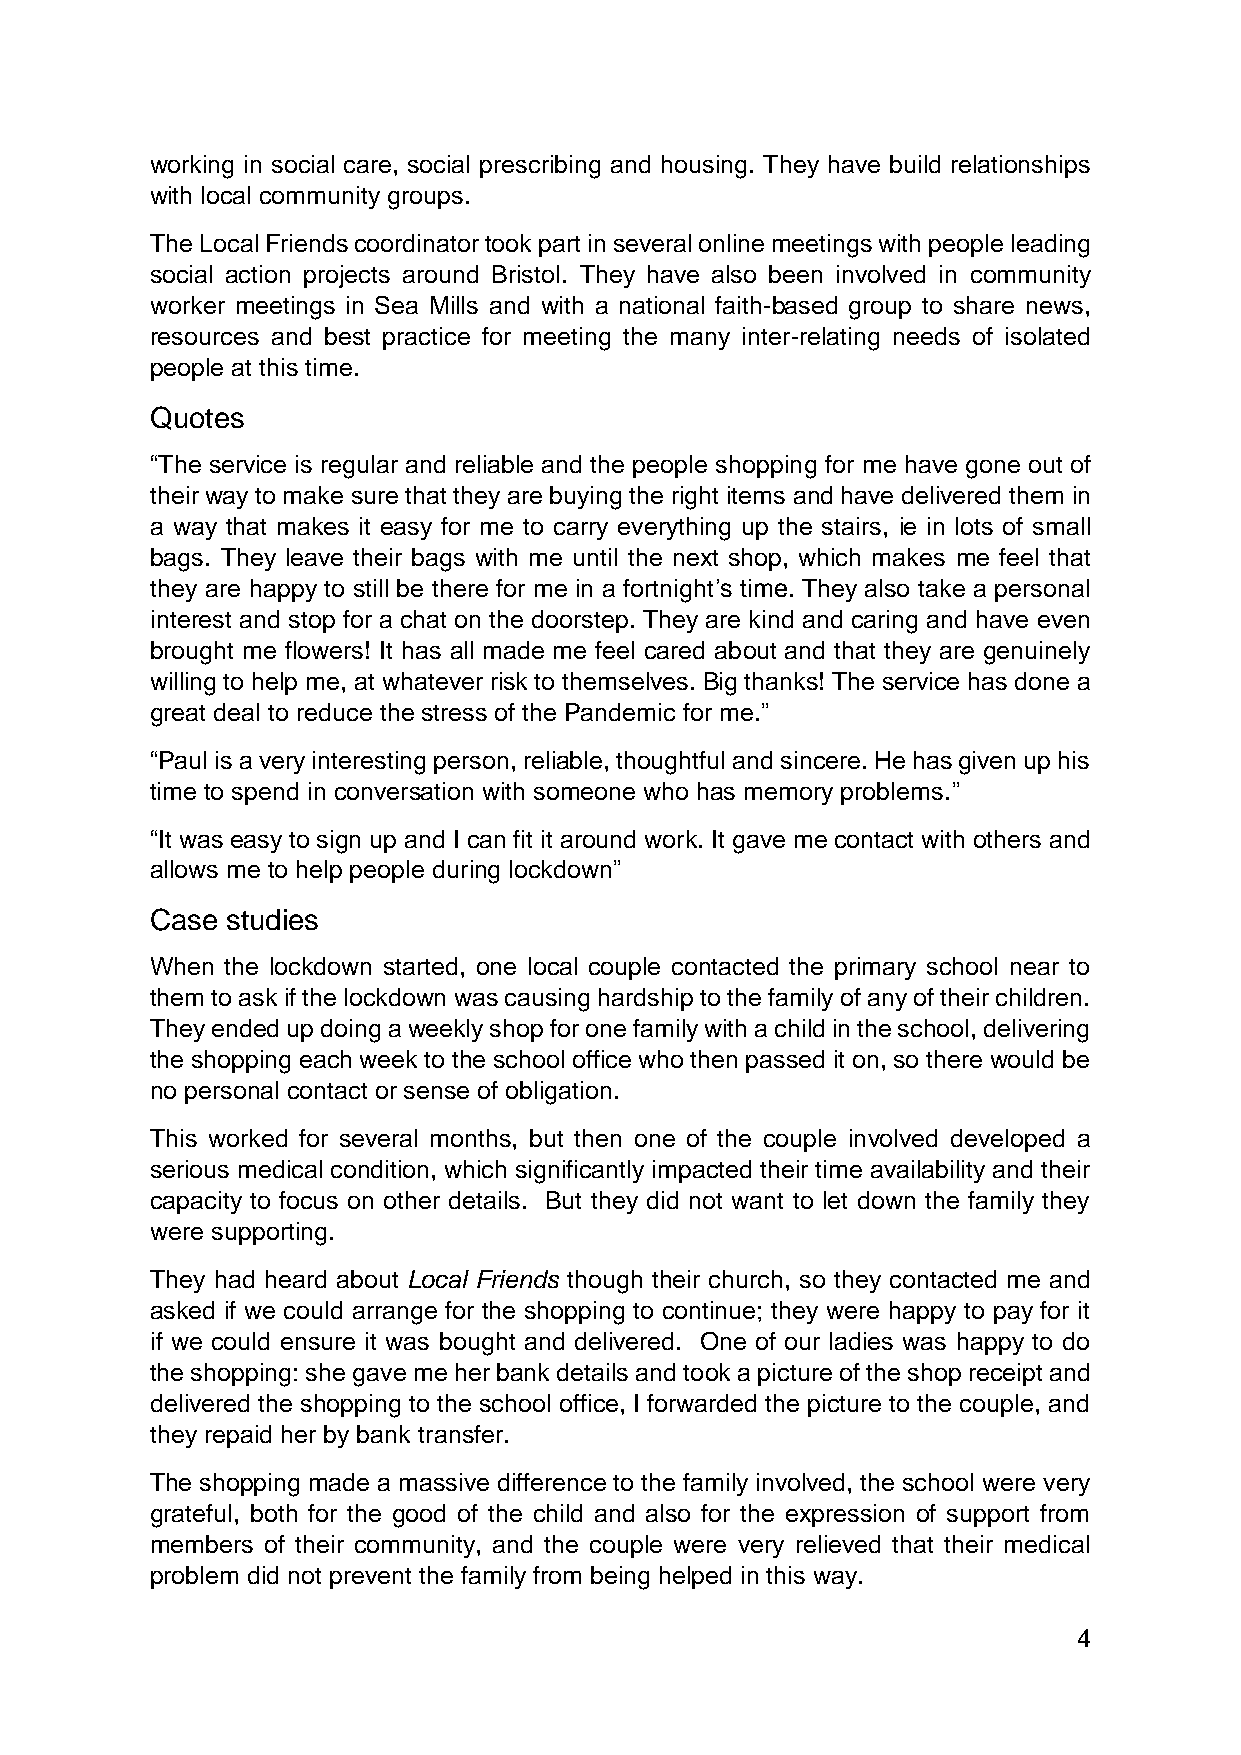
working in social care, social prescribing and housing. They have build relationships
 with local community groups.
 The Local Friends coordinator took part in several online meetings with people leading
 social action projects around Bristol. They have also been involved in community
 worker meetings in Sea Mills and with a national faith-based group to share news,
 resources and best practice for meeting the many inter-relating needs of isolated
 people at this time.
 Quotes
 “The service is regular and reliable and the people shopping for me have gone out of
 their way to make sure that they are buying the right items and have delivered them in
 a way that makes it easy for me to carry everything up the stairs, ie in lots of small
 bags. They leave their bags with me until the next shop, which makes me feel that
 they are happy to still be there for me in a fortnight’s time. They also take a personal
 interest and stop for a chat on the doorstep. They are kind and caring and have even
 brought me flowers! It has all made me feel cared about and that they are genuinely
 willing to help me, at whatever risk to themselves. Big thanks! The service has done a
 great deal to reduce the stress of the Pandemic for me.”
 “Paul is a very interesting person, reliable, thoughtful and sincere. He has given up his
 time to spend in conversation with someone who has memory problems.”
 “It was easy to sign up and I can fit it around work. It gave me contact with others and
 allows me to help people during lockdown”
 Case studies
 When the lockdown started, one local couple contacted the primary school near to
 them to ask if the lockdown was causing hardship to the family of any of their children.
 They ended up doing a weekly shop for one family with a child in the school, delivering
 the shopping each week to the school office who then passed it on, so there would be
 no personal contact or sense of obligation.
 This worked for several months, but then one of the couple involved developed a
 serious medical condition, which significantly impacted their time availability and their
 capacity to focus on other details. But they did not want to let down the family they
 were supporting.
 They had heard about Local Friends though their church, so they contacted me and
 asked if we could arrange for the shopping to continue; they were happy to pay for it
 if we could ensure it was bought and delivered. One of our ladies was happy to do
 the shopping: she gave me her bank details and took a picture of the shop receipt and
 delivered the shopping to the school office, I forwarded the picture to the couple, and
 they repaid her by bank transfer.
 The shopping made a massive difference to the family involved, the school were very
 grateful, both for the good of the child and also for the expression of support from
 members of their community, and the couple were very relieved that their medical
 problem did not prevent the family from being helped in this way.
 4